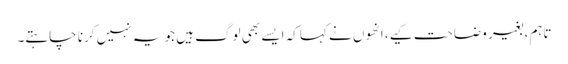
تاہم، بغیر وضاحت کیے، انھوں نے کہا کہ ایسے بھی لوگ ہیں جو یہ نہیں کرنا چاہتے۔